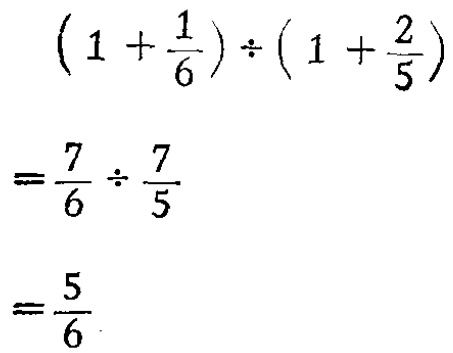
\[

\begin{align*}

\left(1 + \frac{1}{6}\right) \div \left(1+\frac{2}{5}\right)&=\frac{7}{6} \div \frac{7}{5}\\

&=\frac{5}{6}

\end{align*}

\]